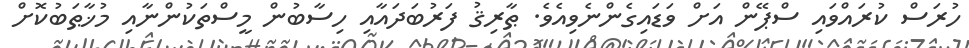
ހުރަސް ކުރައްވައި ސްޕޭން އަށް ވަޑައިގެންނެވިއެވެ. ޠާރިޤު ފަރުބަދައާއި ހިސާބުން މީސްތަކުންނާއި މުޚާޠަބުކޮށް